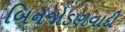
બિનજોડણવાદી